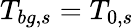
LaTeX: {T_{bg,s}=T_{0,s}}